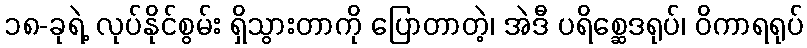
၁၈-ခုရဲ့ လုပ်နိုင်စွမ်း ရှိသွားတာကို ပြောတာတဲ့၊ အဲဒီ ပရိစ္ဆေဒရုပ်၊ ဝိကာရရုပ်